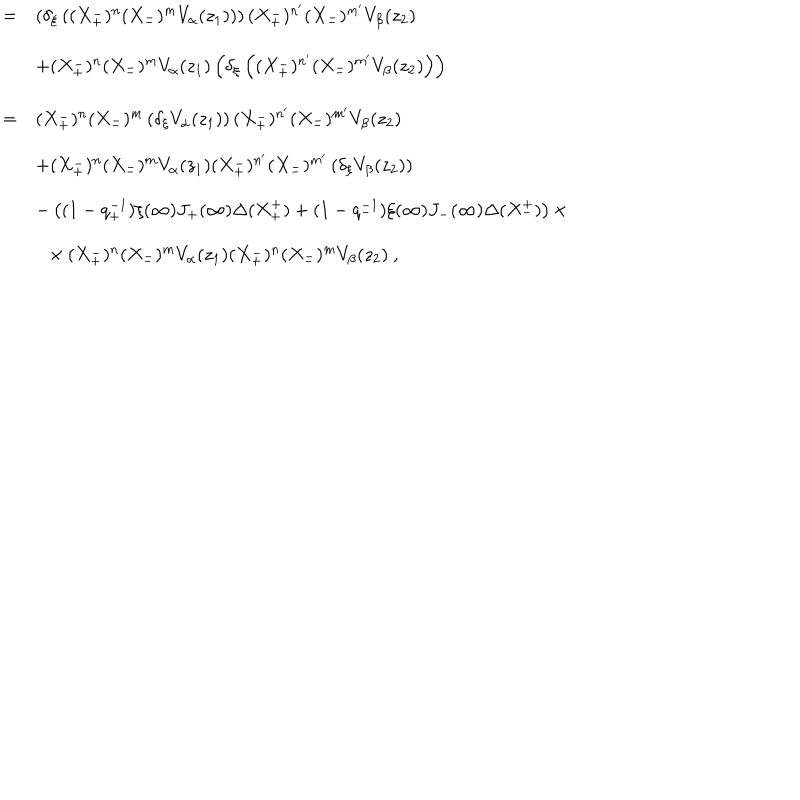
LaTeX: \begin{array} { r c l } { { } } & { { = } } & { { \left( \delta _ { \xi } \left( ( X _ { + } ^ { - } ) ^ { n } ( X _ { - } ^ { - } ) ^ { m } V _ { \alpha } ( z _ { 1 } ) \right) \right) ( X _ { + } ^ { - } ) ^ { n ^ { \prime } } ( X _ { - } ^ { - } ) ^ { m ^ { \prime } } V _ { \beta } ( z _ { 2 } ) } } \\ { { } } & { { } } & { { + ( X _ { + } ^ { - } ) ^ { n } ( X _ { - } ^ { - } ) ^ { m } V _ { \alpha } ( z _ { 1 } ) \left( \delta _ { \xi } \left( ( X _ { + } ^ { - } ) ^ { n ^ { \prime } } ( X _ { - } ^ { - } ) ^ { m ^ { \prime } } V _ { \beta } ( z _ { 2 } ) \right) \right) } } \\ { { } } & { { = } } & { { ( X _ { + } ^ { - } ) ^ { n } ( X _ { - } ^ { - } ) ^ { m } \left( \delta _ { \xi } V _ { \alpha } ( z _ { 1 } ) \right) ( X _ { + } ^ { - } ) ^ { n ^ { \prime } } ( X _ { - } ^ { - } ) ^ { m ^ { \prime } } V _ { \beta } ( z _ { 2 } ) } } \\ { { } } & { { } } & { { + ( X _ { + } ^ { - } ) ^ { n } ( X _ { - } ^ { - } ) ^ { m } V _ { \alpha } ( z _ { 1 } ) ( X _ { + } ^ { - } ) ^ { n ^ { \prime } } ( X _ { - } ^ { - } ) ^ { m ^ { \prime } } \left( \delta _ { \xi } V _ { \beta } ( z _ { 2 } ) \right) } } \\ { { } } & { { } } & { { - \left( ( 1 - q _ { + } ^ { - 1 } ) \xi ( \infty ) J _ { + } ( \infty ) \Delta ( X _ { + } ^ { + } ) + ( 1 - q _ { - } ^ { - 1 } ) \xi ( \infty ) J _ { - } ( \infty ) \Delta ( X _ { - } ^ { + } ) \right) \times } } \\ { { } } & { { } } & { { ~ ~ \times ( X _ { + } ^ { - } ) ^ { n } ( X _ { - } ^ { - } ) ^ { m } V _ { \alpha } ( z _ { 1 } ) ( X _ { + } ^ { - } ) ^ { n } ( X _ { - } ^ { - } ) ^ { m } V _ { \beta } ( z _ { 2 } ) ~ , } } \\ \end{array}